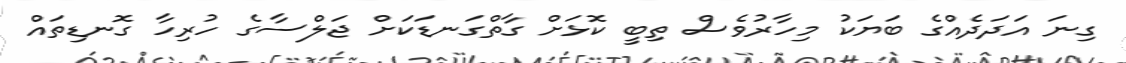
ގިނަ އަދަދެއްގެ ބަޔަކު މިހާރުވެސް ތިބީ ކޮޅަށް ގާތްގަނޑަކަށް ޖަލްސާގެ ހުރިހާ ގޮނޑިތައް